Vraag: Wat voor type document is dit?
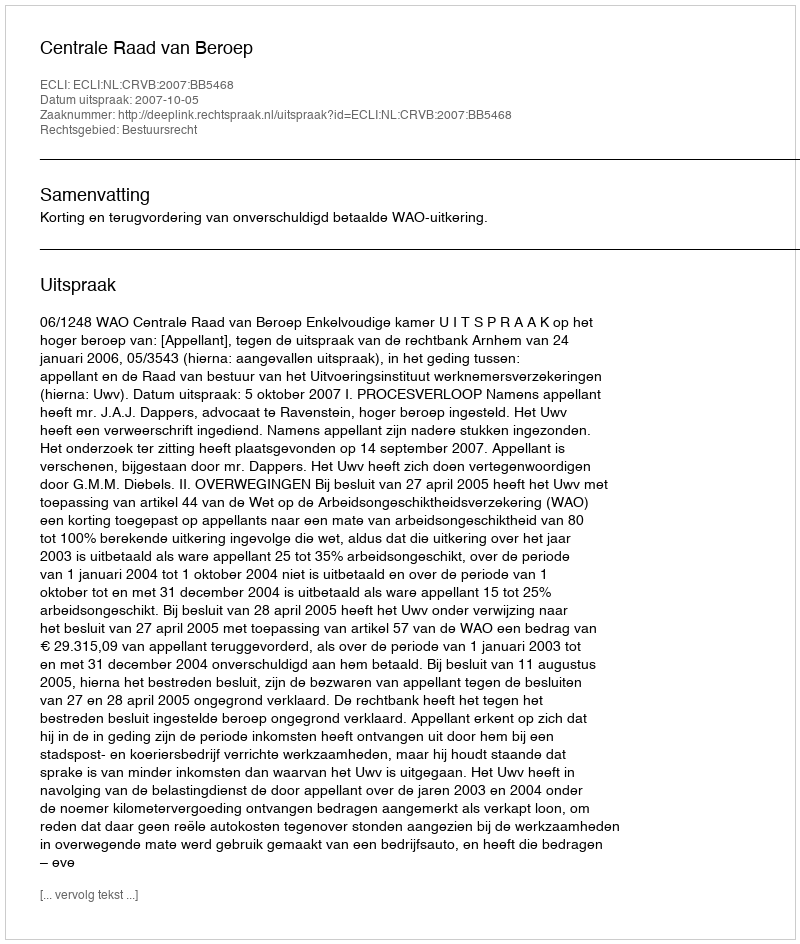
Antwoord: Uitspraak